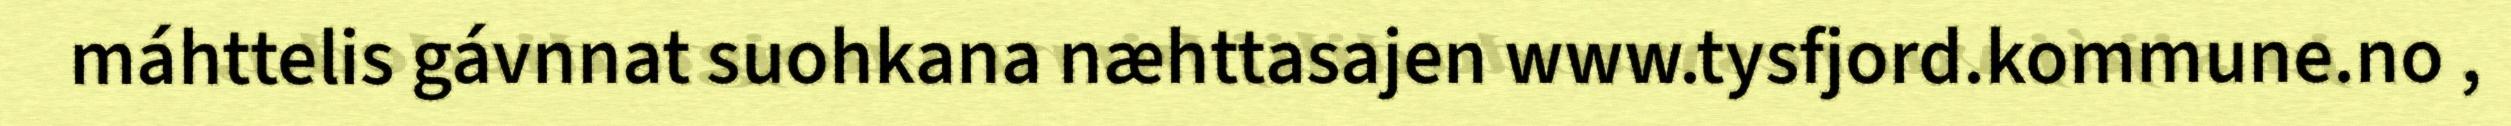
máhttelis gávnnat suohkana næhttasajen www.tysfjord.kommune.no ,